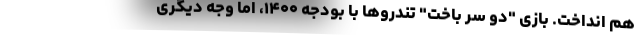
هم انداخت. بازی "دو سر باخت" تندروها با بودجه ۱۴۰۰، اما وجه دیگری